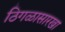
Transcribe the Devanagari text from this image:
ठिगळासारखा